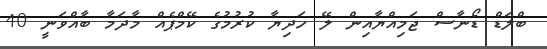
ބްލަޑް ޑޯނާސް ޖަމިއްޔާއިން ލޭ ހަދިޔާ ކުރުމުގެ ކޭމްޕެއް މާދަމާ ބާއްވަނީ 40